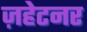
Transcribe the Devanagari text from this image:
ज़हेटनर